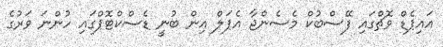
އައިޕެޑް ވޮޗްގައި ފޭސްބުކް މެސެންޖާ އެޕަލް އިން ބުނީ ޑެސްކްޓޮޕްގައި ހުންނަ ވަރުގެ